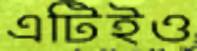
এটিইও